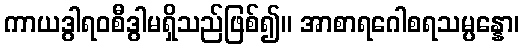
ကာယဒွါရဝစီဒွါမရှိသည်ဖြစ်၍။ အာစာရဂေါစရသမ္ပန္နော၊